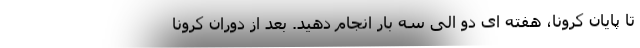
تا پایان کرونا، هفته ای دو الی سه بار انجام دهید. بعد از دوران کرونا